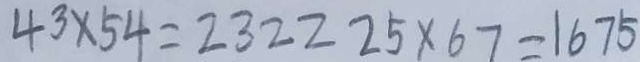
4 3 \times 5 4 = 2 3 2 2 2 5 \times 6 7 = 1 6 7 5